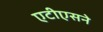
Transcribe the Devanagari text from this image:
एटीएसने